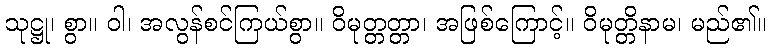
သုဋ္ဌု၊ စွာ။ ဝါ၊ အလွန်စင်ကြယ်စွာ။ ဝိမုတ္တတ္တာ၊ အဖြစ်ကြောင့်။ ဝိမုတ္တိနာမ၊ မည်၏။